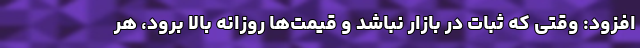
افزود: وقتی که ثبات در بازار نباشد و قیمت‌ها روزانه بالا برود، هر